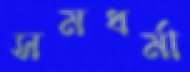
সমধর্মা